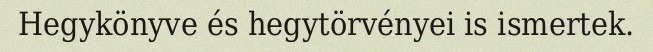
Hegykönyve és hegytörvényei is ismertek.